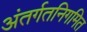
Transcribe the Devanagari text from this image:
अंतर्गतनिगमित